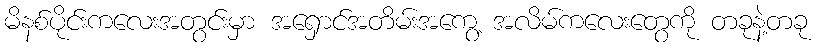
မိနစ်ပိုင်းကလေးအတွင်းမှာ အရှောင်အတိမ်းအကွေ့ အလိမ်ကလေးတွေကို တခုနဲ့တခု